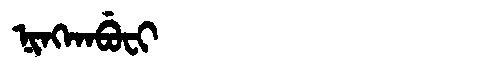
Manchu: ᠨᡳᠩᡴᠠᠪᡠᠸᡳ
Romanization: NINGKABUFI